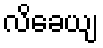
လိခေယျ